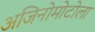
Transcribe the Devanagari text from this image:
अजिनोमोटोला